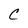
Character: C